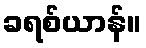
ခရစ်ယာန်။